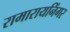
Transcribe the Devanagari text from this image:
रामारायनिंगर